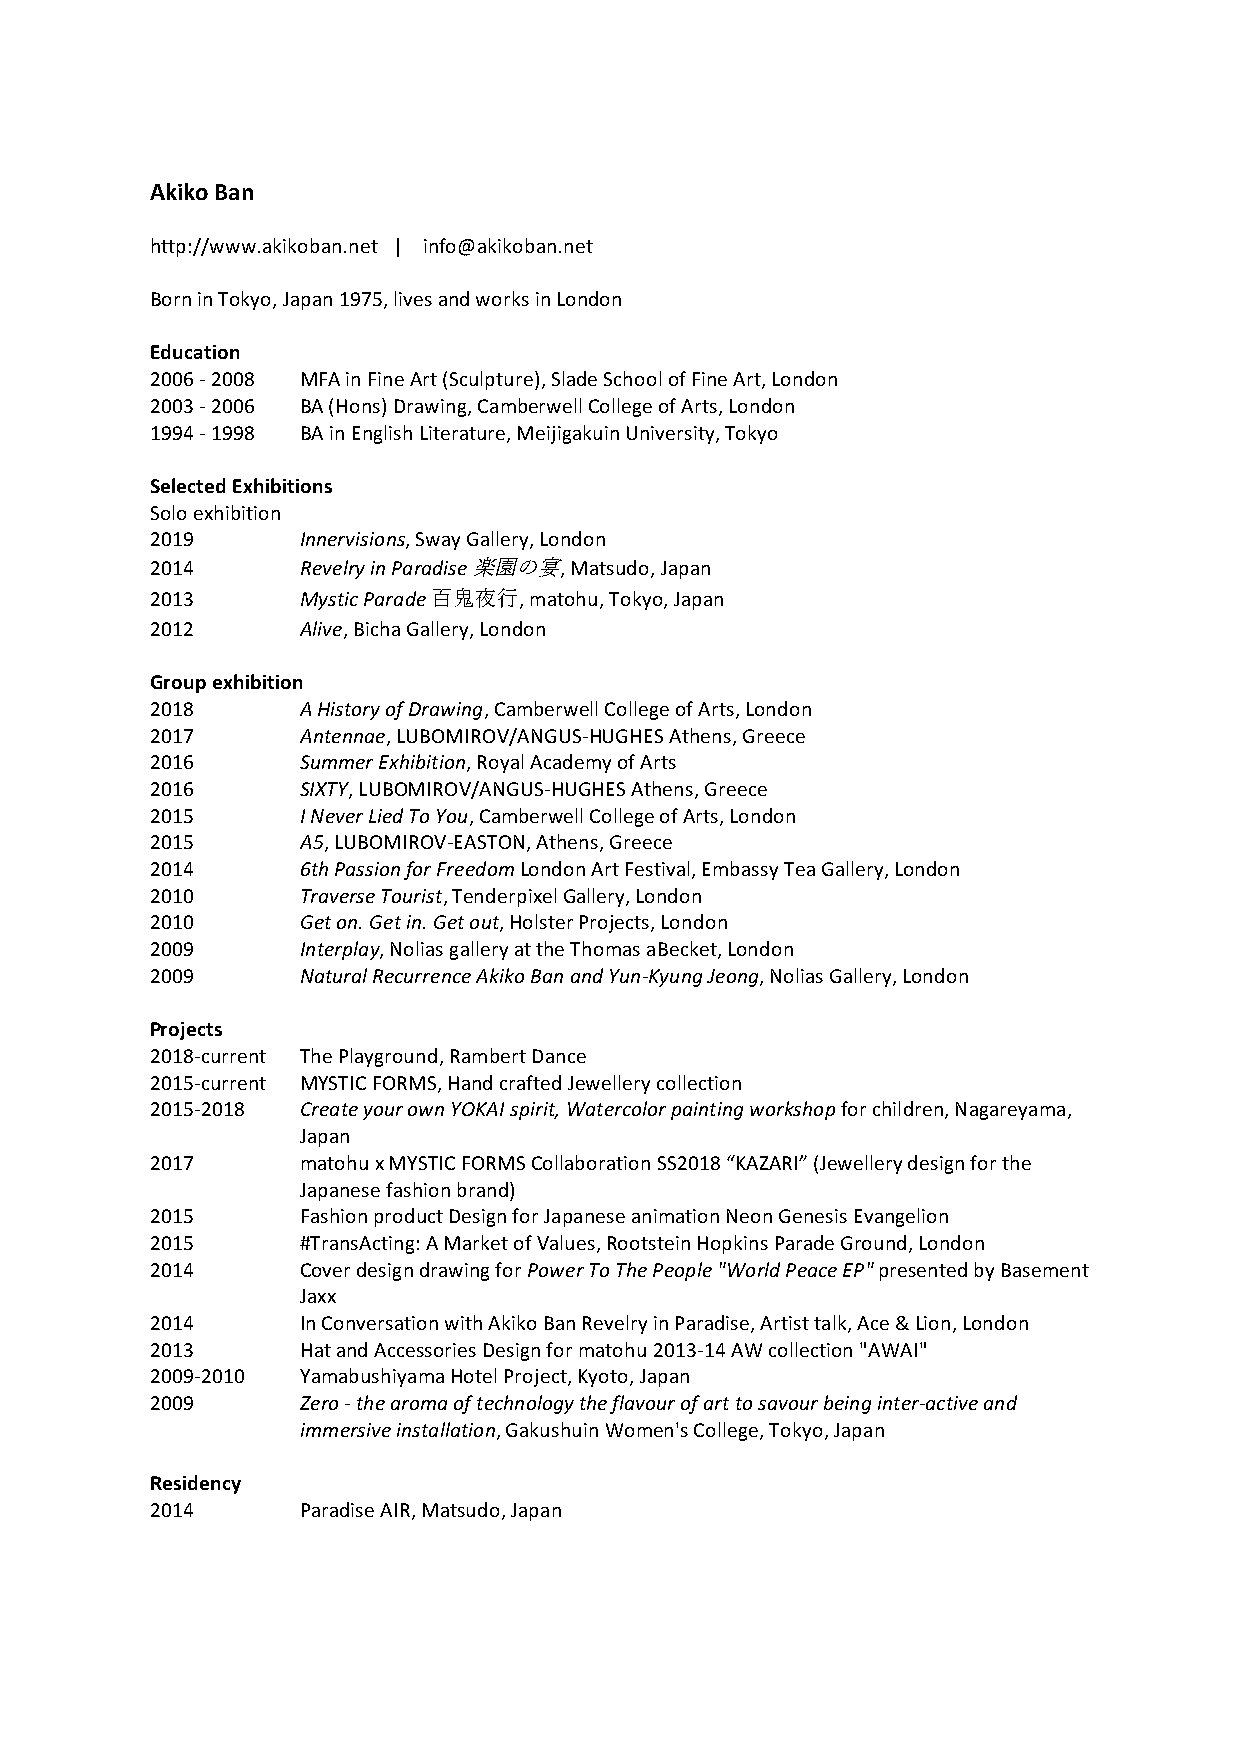
Akiko Ban
 http://www.akikoban.net | info@akikoban.net
 Born in Tokyo, Japan 1975, lives and works in London
 Education
 2006 - 2008 MFA in Fine Art (Sculpture), Slade School of Fine Art, London
 2003 - 2006 BA (Hons) Drawing, Camberwell College of Arts, London
 1994 - 1998 BA in English Literature, Meijigakuin University, Tokyo
 Selected Exhibitions
 Solo exhibition
 2019      Innervisions, Sway Gallery, London
 2014      Revelry in Paradise 楽園の宴, Matsudo, Japan
 2013      Mystic Parade 百⻤夜⾏, matohu, Tokyo, Japan
 2012      Alive, Bicha Gallery, London
 Group exhibition
 2018      A History of Drawing, Camberwell College of Arts, London
 2017      Antennae, LUBOMIROV/ANGUS-HUGHES Athens, Greece
 2016      Summer Exhibition, Royal Academy of Arts
 2016      SIXTY, LUBOMIROV/ANGUS-HUGHES Athens, Greece
 2015      I Never Lied To You, Camberwell College of Arts, London
 2015      A5, LUBOMIROV-EASTON, Athens, Greece
 2014      6th Passion for Freedom London Art Festival, Embassy Tea Gallery, London
 2010      Traverse Tourist, Tenderpixel Gallery, London
 2010      Get on. Get in. Get out, Holster Projects, London
 2009      Interplay, Nolias gallery at the Thomas aBecket, London
 2009      Natural Recurrence Akiko Ban and Yun-Kyung Jeong, Nolias Gallery, London
 Projects
 2018-current The Playground, Rambert Dance
 2015-current MYSTIC FORMS, Hand crafted Jewellery collection
 2015-2018 Create your own YOKAI spirit, Watercolor painting workshop for children, Nagareyama,
 Japan
 2017      matohu x MYSTIC FORMS Collaboration SS2018 “KAZARI” (Jewellery design for the
 Japanese fashion brand)
 2015      Fashion product Design for Japanese animation Neon Genesis Evangelion
 2015      #TransActing: A Market of Values, Rootstein Hopkins Parade Ground, London
 2014      Cover design drawing for Power To The People "World Peace EP" presented by Basement
 Jaxx
 2014      In Conversation with Akiko Ban Revelry in Paradise, Artist talk, Ace & Lion, London
 2013      Hat and Accessories Design for matohu 2013-14 AW collection "AWAI"
 2009-2010 Yamabushiyama Hotel Project, Kyoto, Japan
 2009      Zero - the aroma of technology the flavour of art to savour being inter-active and
 immersive installation, Gakushuin Women's College, Tokyo, Japan
 Residency
 2014      Paradise AIR, Matsudo, Japan